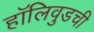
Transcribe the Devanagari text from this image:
हॉलिवुडची